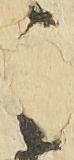
之